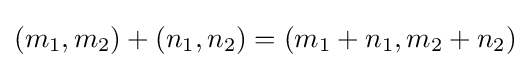
(m_{1},m_{2})+(n_{1},n_{2})=(m_{1}+n_{1},m_{2}+n_{2})